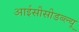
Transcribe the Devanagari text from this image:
आईसीसीडब्‍ल्‍यू